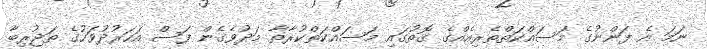
ނަމަ އެ ފަންނުގެ މަސައްކަތްތެރިއެއްގެ ގޮތުގައި މަސައްކަތްކުރާތާ މަދުވެގެން ފަސް އަހަރުދުވަހުގެ ތަޖުރިބާ